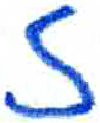
אות: ז